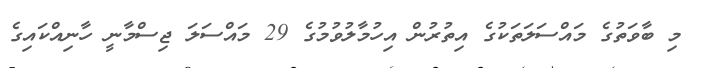
މި ބާވަތުގެ މައްސަލަތަކުގެ އިތުރުން އިހުމާލުވުމުގެ 29 މައްސަލަ ޖިސްމާނީ ހާނިއްކައިގެ